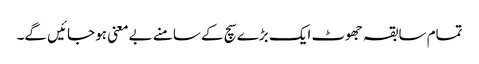
تمام سابقہ جھوٹ ایک بڑے سچ کے سامنے بےمعنی ہو جائیں گے۔